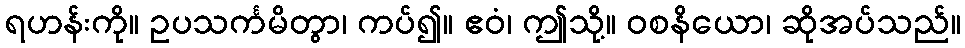
ရဟန်းကို။ ဥပသင်္ကမိတွာ၊ ကပ်၍။ ဧဝံ၊ ဤသို့။ ဝစနိယော၊ ဆိုအပ်သည်။